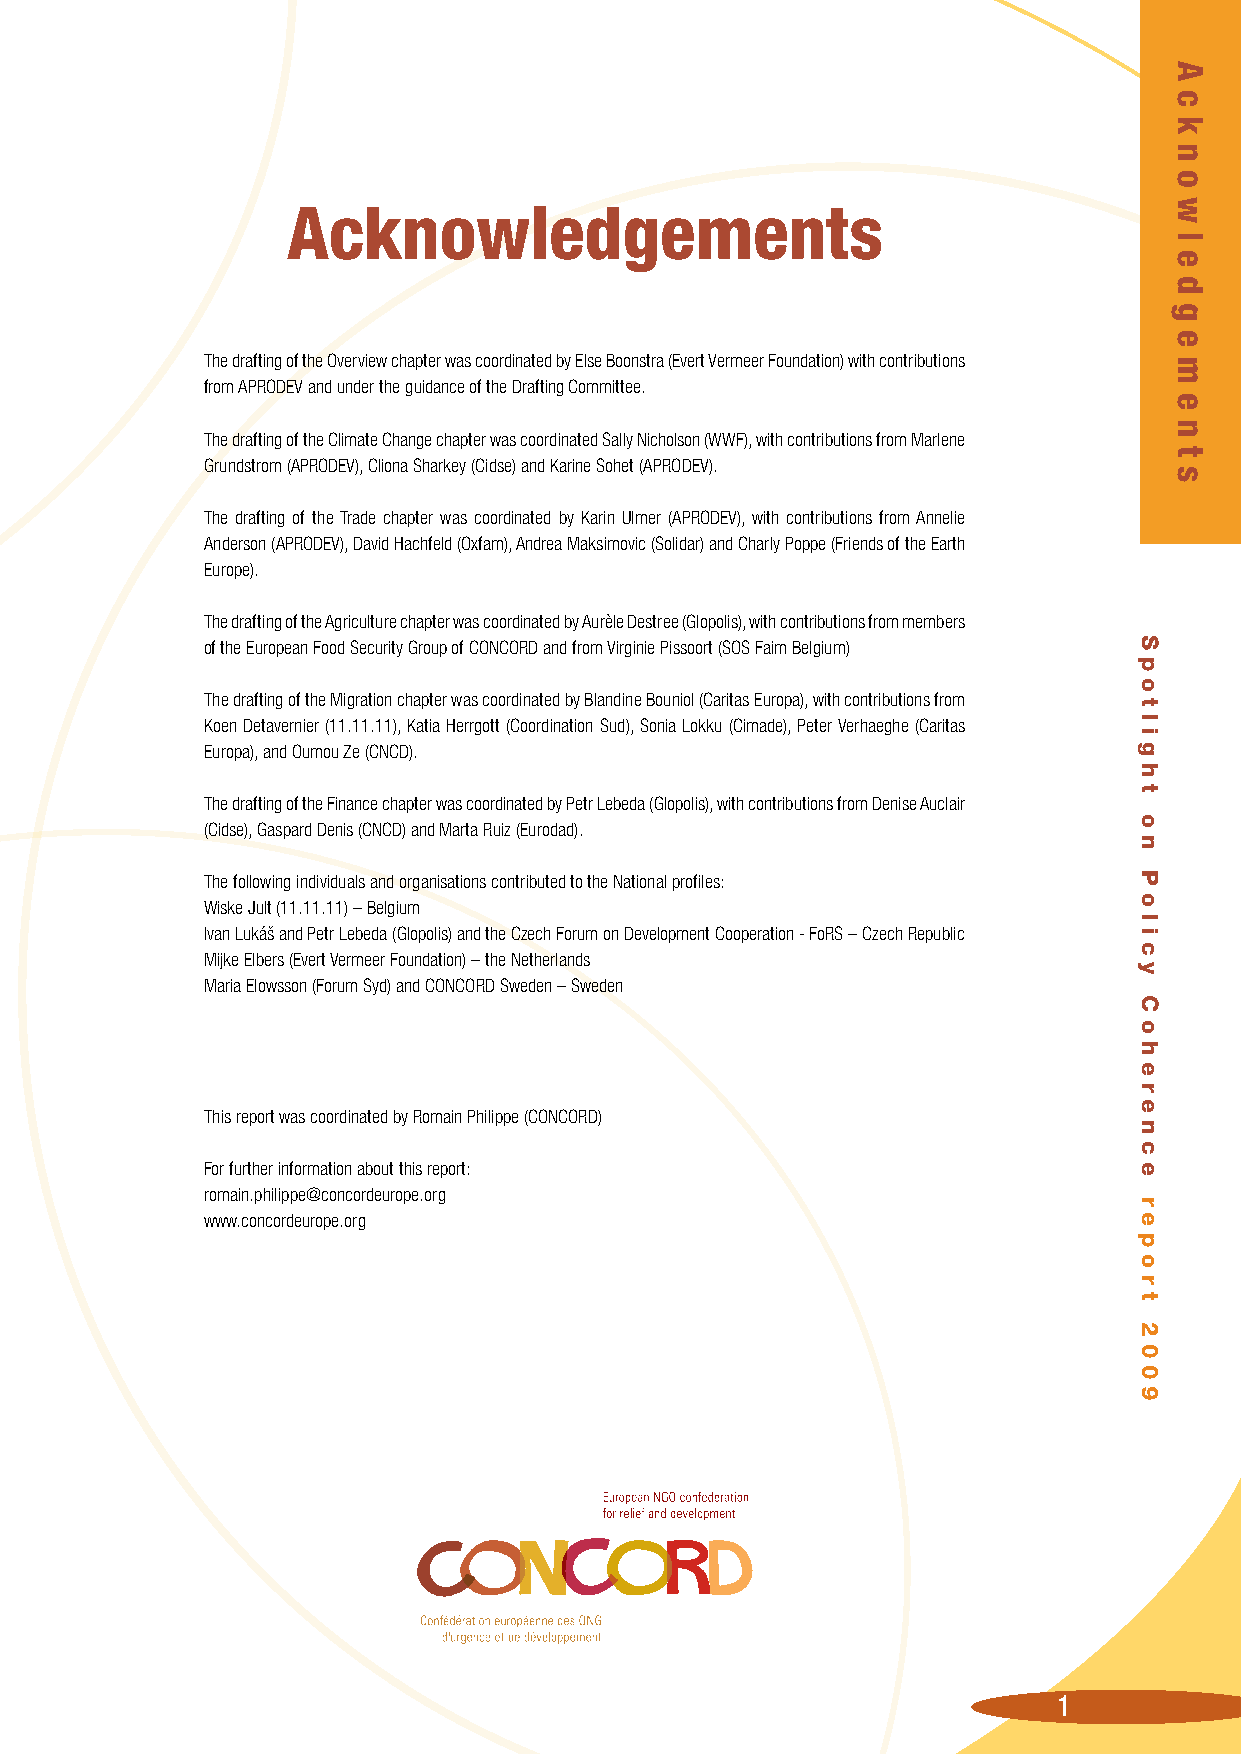
Acknowledgements
 The drafting of the Overview chapter was coordinated by Else Boonstra (Evert Vermeer Foundation) with contributions
 from APRODEV and under the guidance of the Drafting Committee.
 The drafting of the Climate Change chapter was coordinated Sally Nicholson (WWF), with contributions from Marlene
 Grundstrom (APRODEV), Cliona Sharkey (Cidse) and Karine Sohet (APRODEV).
 The drafting of the Trade chapter was coordinated by Karin Ulmer (APRODEV), with contributions from Annelie
 Anderson (APRODEV), David Hachfeld (Oxfam), Andrea Maksimovic (Solidar) and Charly Poppe (Friends of the Earth
 Europe).
 The drafting of the Agriculture chapter was coordinated by Aurèle Destree (Glopolis), with contributions from members
 of the European Food Security Group of CONCORD and from Virginie Pissoort (SOS Faim Belgium)
 The drafting of the Migration chapter was coordinated by Blandine Bouniol (Caritas Europa), with contributions from
 Koen Detavernier (11.11.11), Katia Herrgott (Coordination Sud), Sonia Lokku (Cimade), Peter Verhaeghe (Caritas
 Europa), and Oumou Ze (CNCD).
 The drafting of the Finance chapter was coordinated by Petr Lebeda (Glopolis), with contributions from Denise Auclair
 (Cidse), Gaspard Denis (CNCD) and Marta Ruiz (Eurodad).
 The following individuals and organisations contributed to the National profiles:
 Wiske Jult (11.11.11) – Belgium
 Ivan Lukáš and Petr Lebeda (Glopolis) and the Czech Forum on Development Cooperation - FoRS – Czech Republic
 Mijke Elbers (Evert Vermeer Foundation) – the Netherlands
 Maria Elowsson (Forum Syd) and CONCORD Sweden – Sweden
 This report was coordinated by Romain Philippe (CONCORD)
 For further information about this report:
 romain.philippe@concordeurope.org
 www.concordeurope.org
 1
 S
 p
 o
 t
 l
 i
 g
 h
 t
 o
 n
 P
 o
 l
 i
 c
 y
 C
 o
 h
 e
 r
 e
 n
 c
 e
 r
 e
 p
 o
 r
 t
 2
 0
 0
 9
 A
 c
 k
 n
 o
 w
 l
 e
 d
 g
 e
 m
 e
 n
 t
 s